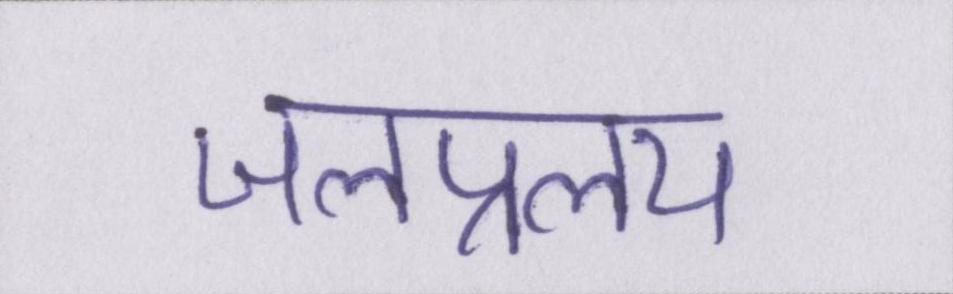
जलप्रलय